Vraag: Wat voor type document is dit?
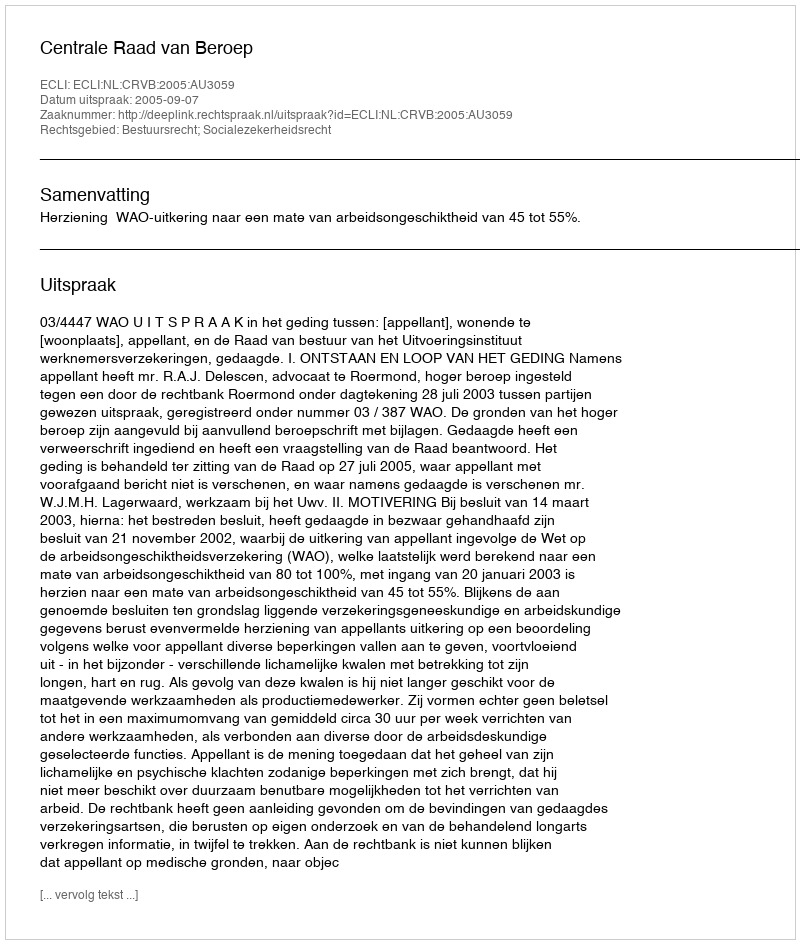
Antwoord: Uitspraak